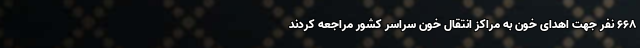
۶۶۸ نفر جهت اهدای خون به مراکز انتقال خون سراسر کشور مراجعه کردند